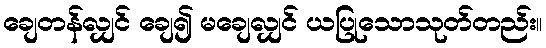
ချေတန်လျှင် ချေ၍ မချေလျှင် ယပြုသောသုတ်တည်း။